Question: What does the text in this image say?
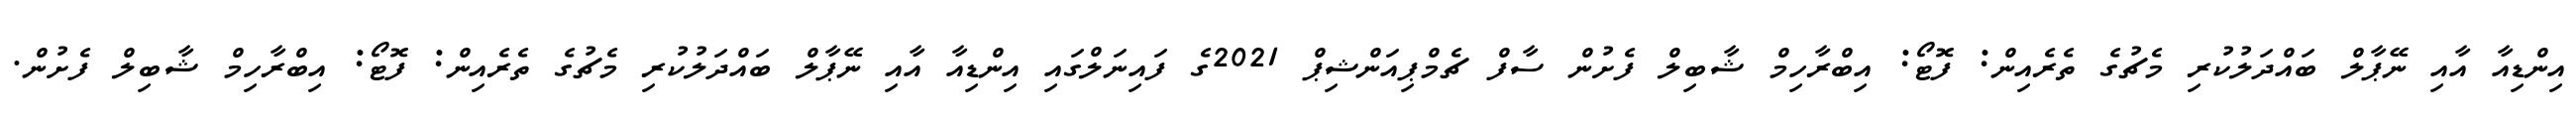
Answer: އިންޑިއާ އާއި ނޭޕާލް ބައްދަލުކުރި މެޗުގެ ތެރެއިން: ފޮޓޯ: އިބްރާހިމް ޝާބިލް ފެށުން ސާފް ޗެމްޕިއަންޝިޕް 2021ގެ ފައިނަލްގައި އިންޑިއާ އާއި ނޭޕާލް ބައްދަލުކުރި މެޗުގެ ތެރެއިން: ފޮޓޯ: އިބްރާހިމް ޝާބިލް ފެށުން.